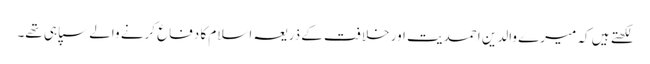
لکھتے ہیں کہ میرے والدین احمدیت اور خلافت کے ذریعہ اسلام کا دفاع کرنے والے سپاہی تھے۔